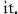
it.